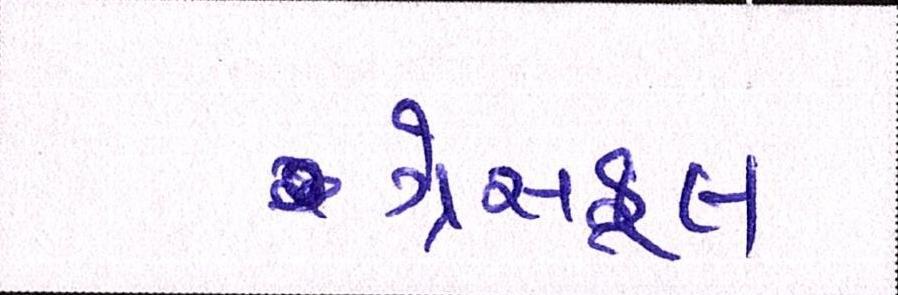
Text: ગ્રેસફૂલ